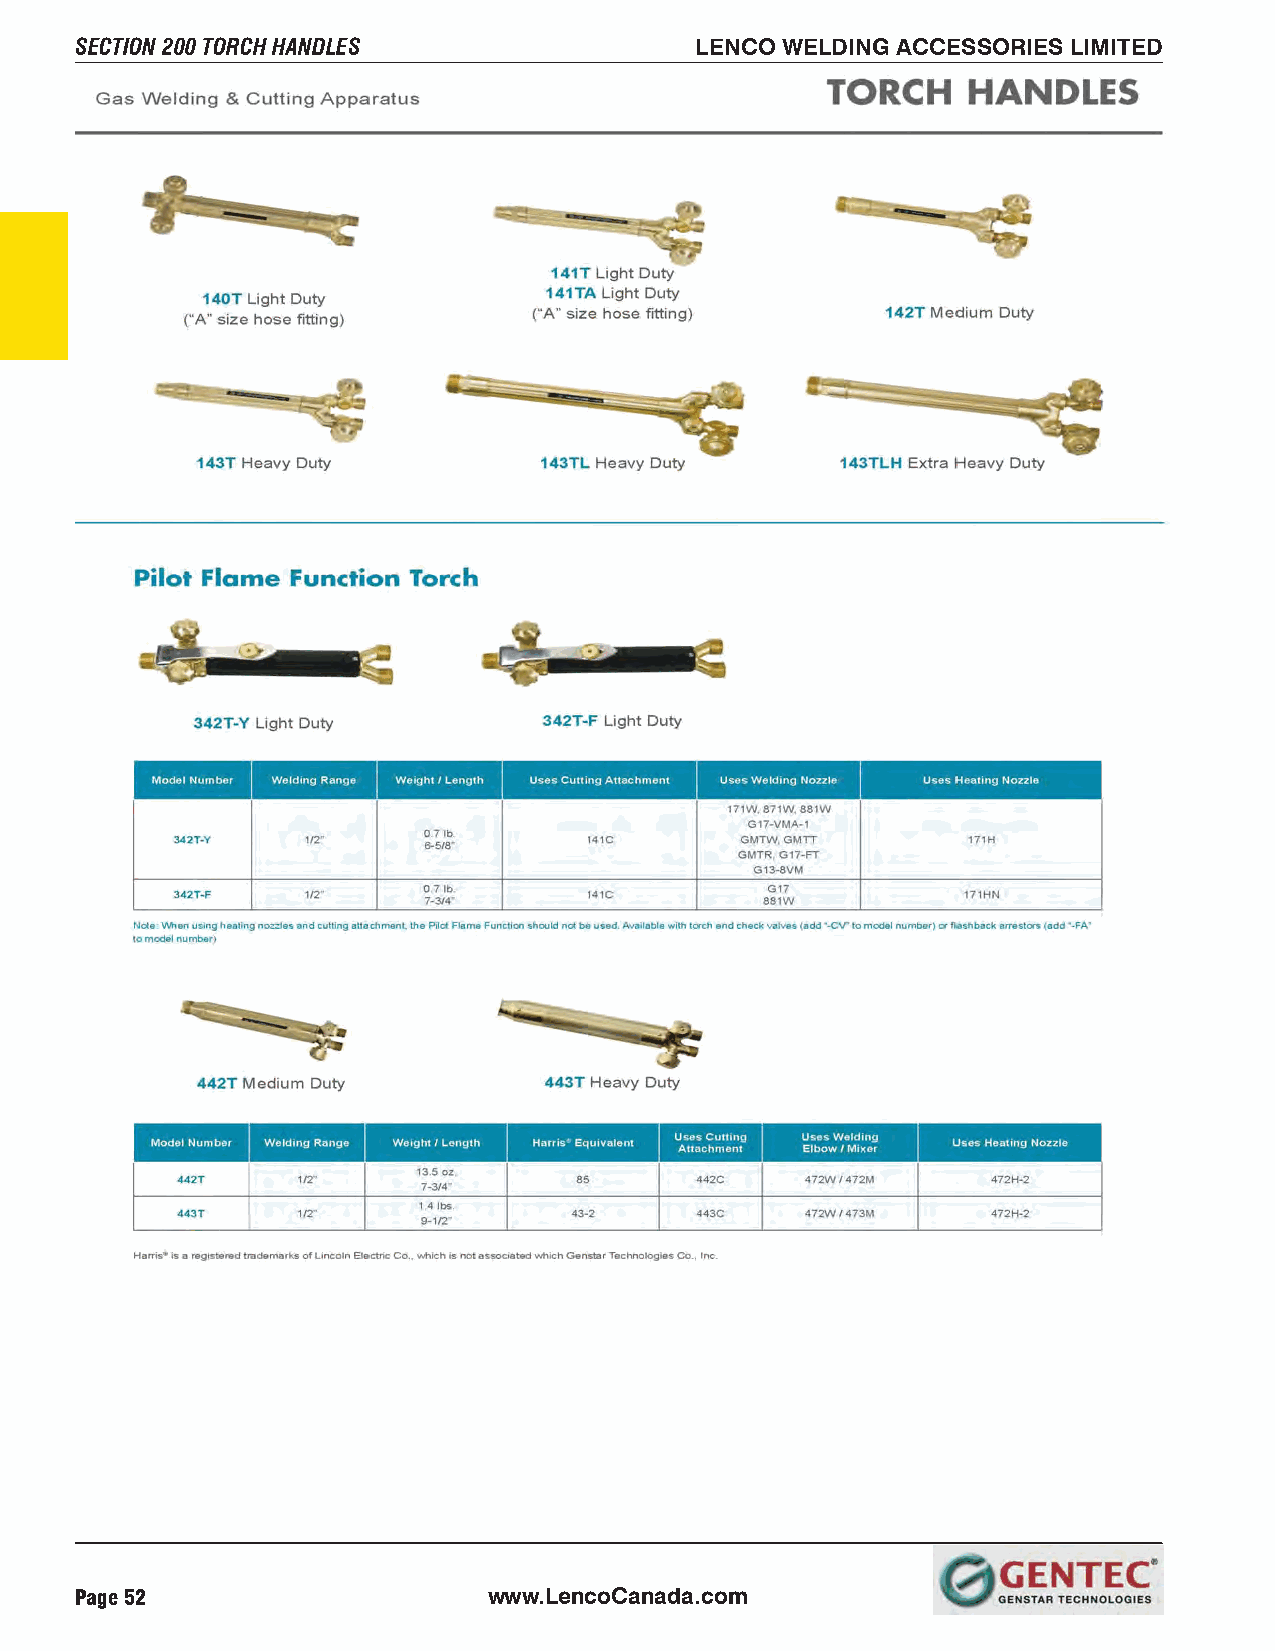
SECTION 200 TORCH HANDLES                LENCO WELDING ACCESSORIES LIMITED
 Page 52                    www.LencoCanada.com